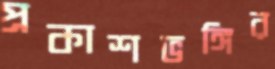
প্রকাশভঙ্গির